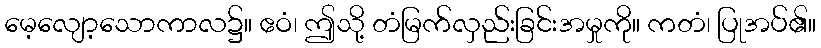
မေ့လျော့သောကာလ၌။ ဧဝံ၊ ဤသို့ တံမြက်လှည်းခြင်းအမှုကို။ ကတံ၊ ပြုအပ်၏။